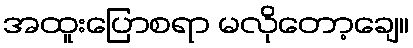
အထူးပြောစရာ မလိုတော့ချေ။